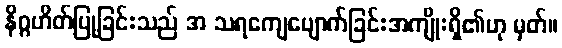
နိဂ္ဂဟိတ်ပြုခြင်းသည် အ သရကျေပျောက်ခြင်းအကျိုးရှိ၏ဟု မှတ်။